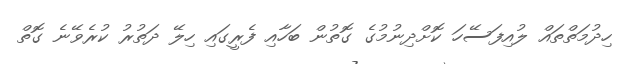
ހިދުމަތްތައް ލުއިފަސޭހަ ކޮށްދިނުމުގެ ގޮތުން ބަހާއި ފެރީގައި ހިލޭ ދަތުރު ކުރެވޭނެ ގޮތް